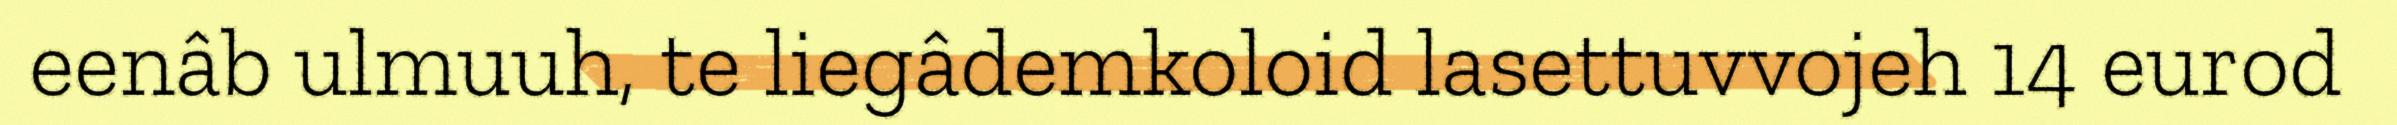
eenâb ulmuuh, te liegâdemkoloid lasettuvvojeh 14 eurod